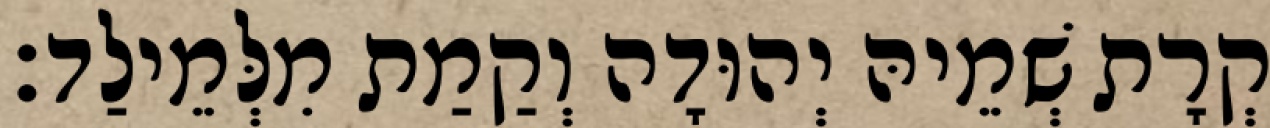
קְרָת שְׁמֵיהּ יְהוּדָה וְקַמַת מִלְּמֵילַד׃